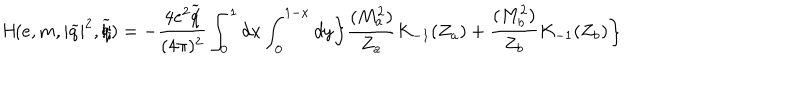
LaTeX: \textit { H } ( e , m , | \widetilde { q } | ^ { 2 } , \widetilde { q \hspace { - 0 . 2 c m } / } ) = - \frac { 4 e ^ { 2 } \widetilde { q \hspace { - 0 . 2 c m } / } } { ( 4 \pi ) ^ { 2 } } \int _ { 0 } ^ { 1 } d x \int _ { 0 } ^ { 1 - x } d y \biggl \{ \frac { ( M _ { a } ^ { 2 } ) } { Z _ { a } } K _ { - 1 } ( Z _ { a } ) + \frac { ( M _ { b } ^ { 2 } ) } { Z _ { b } } K _ { - 1 } ( Z _ { b } ) \biggr \}